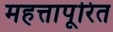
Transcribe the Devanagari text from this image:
महत्तापूरित